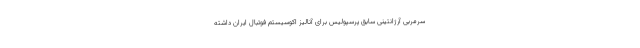
سرمربی آرژانتینی سابق پرسپولیس برای آنالیز اکوسیستم فوتبال ایران داشته